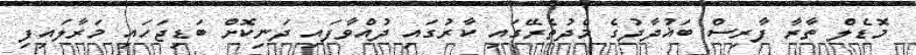
މޮޑެލް ތާރާ ފާރިސް ބަޣުދާދުގެ މެދުތެރޭގައި ކާރުގައި ދުއްވާފައި ދަނިކޮށް ބަޑިޖަހައި މަރާލައިފި